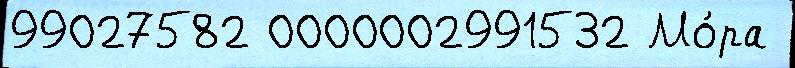
99027582 0000002991532 Мо́ра